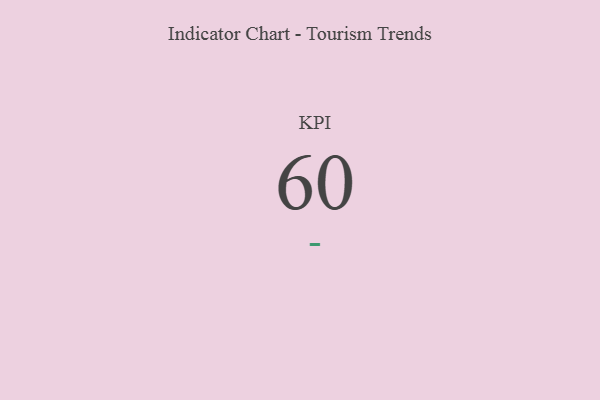
{"axis": {"x": "KPI", "y": "Value"}, "legend": [""], "data": [{"x": "KPI", "y": 60, "type": ""}]}